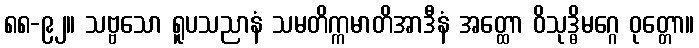
၈၈-၉၂။ သဗ္ဗသော ရူပသညာနံ သမတိက္ကမာတိအာဒီနံ အတ္ထော ဝိသုဒ္ဓိမဂ္ဂေ ဝုတ္တော။